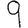
Digit: 9